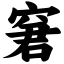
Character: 窘